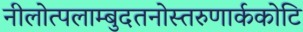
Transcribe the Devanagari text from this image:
नीलोत्पलाम्बुदतनोस्तरुणार्ककोटि